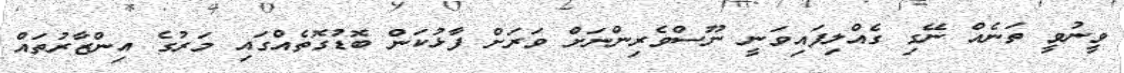
ވީނުވީ ތަނެއް ނޭގި ގެއްލިފައިވަނީ ނޫސްވެރިންނަށް ވަރަށް ފާޅުކަން ބޮޑުގޮތެއްގައި މަރުގެ އިންޒާރުތައް